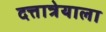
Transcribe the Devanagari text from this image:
दत्तात्रेयाला